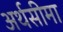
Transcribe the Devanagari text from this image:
अर्थसीमा